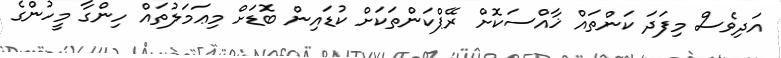
އަދިވެސް މިފަދަ ކަންތައް ޚާއްސަކޮށް ރޭޕްކަންތަކަށް ކުޑައިން ބޮޑަށް މިޢަމަލުތައް ހިންގާ މީހުންގެ